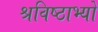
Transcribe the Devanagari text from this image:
श्रविष्ठाभ्यो